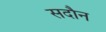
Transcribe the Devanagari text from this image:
सदौन